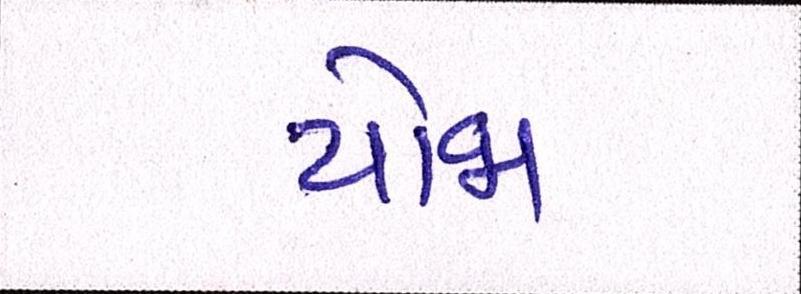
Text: યોજા